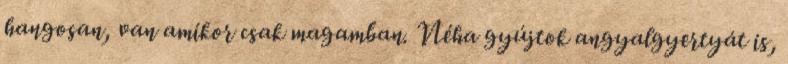
hangosan, van amikor csak magamban. Néha gyújtok angyalgyertyát is,